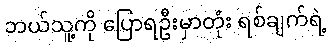
ဘယ်သူ့ကို ပြောရဦးမှာတုံး ရစ်ချက်ရဲ့